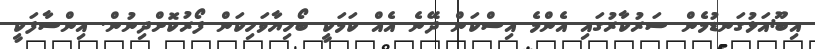
އިބޫ:އަޅުގަނޑުމެން ސަރުކާރުގައި އެންމެ އިސްކަން ދޭނެ އެއް ކަމަކީ ބޯހިޔާވަހިކަން ފޯރުކޮށްދިނުން. އިންސާފަކީ